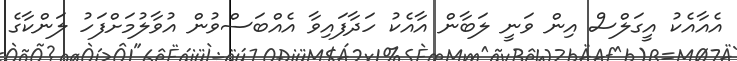
އެއާއެކު އީގަލްސް އިން ވަނީ ލަބާން އާއެކު ހަދާފައިވާ އެއްބަސްވުން އުވާލުމަށްފަހު ލަންކާގެ